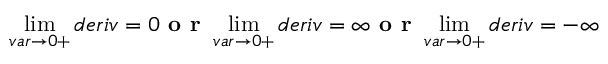
\operatorname* { l i m } _ { v a r \to 0 + } d e r i v = 0 \textbf { o r } \operatorname* { l i m } _ { v a r \to 0 + } d e r i v = \infty \textbf { o r } \operatorname* { l i m } _ { v a r \to 0 + } d e r i v = - \infty